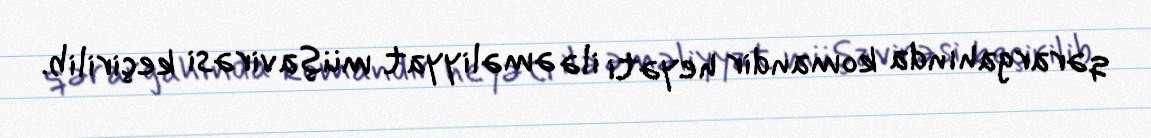
qərargahında komandir heyəti ilə əməliyyat müşavirəsi keçirilib.